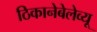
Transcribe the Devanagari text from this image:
ठिकानेबेलेव्यू